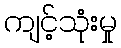
ကျင့်သုံးမှု